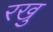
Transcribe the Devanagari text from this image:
रखु